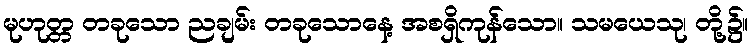
မုဟုတ္တ တခုသော ညချမ်း တခုသောနေ့ အစရှိကုန်သော။ သမယေသု၊ တို့၌။